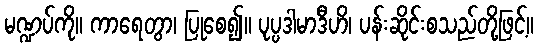
မဏ္ဍပ်ကို။ ကာရေတွာ၊ ပြုစေ၍။ ပုပ္ပဒါမာဒီဟိ၊ ပန်းဆိုင်းစသည်တို့ဖြင့်။